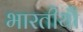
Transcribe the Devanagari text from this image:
भारतीयौं